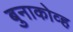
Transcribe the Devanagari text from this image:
बुनाकोव्ह